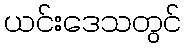
ယင်းဒေသတွင်